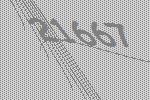
21667